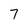
Character: 7